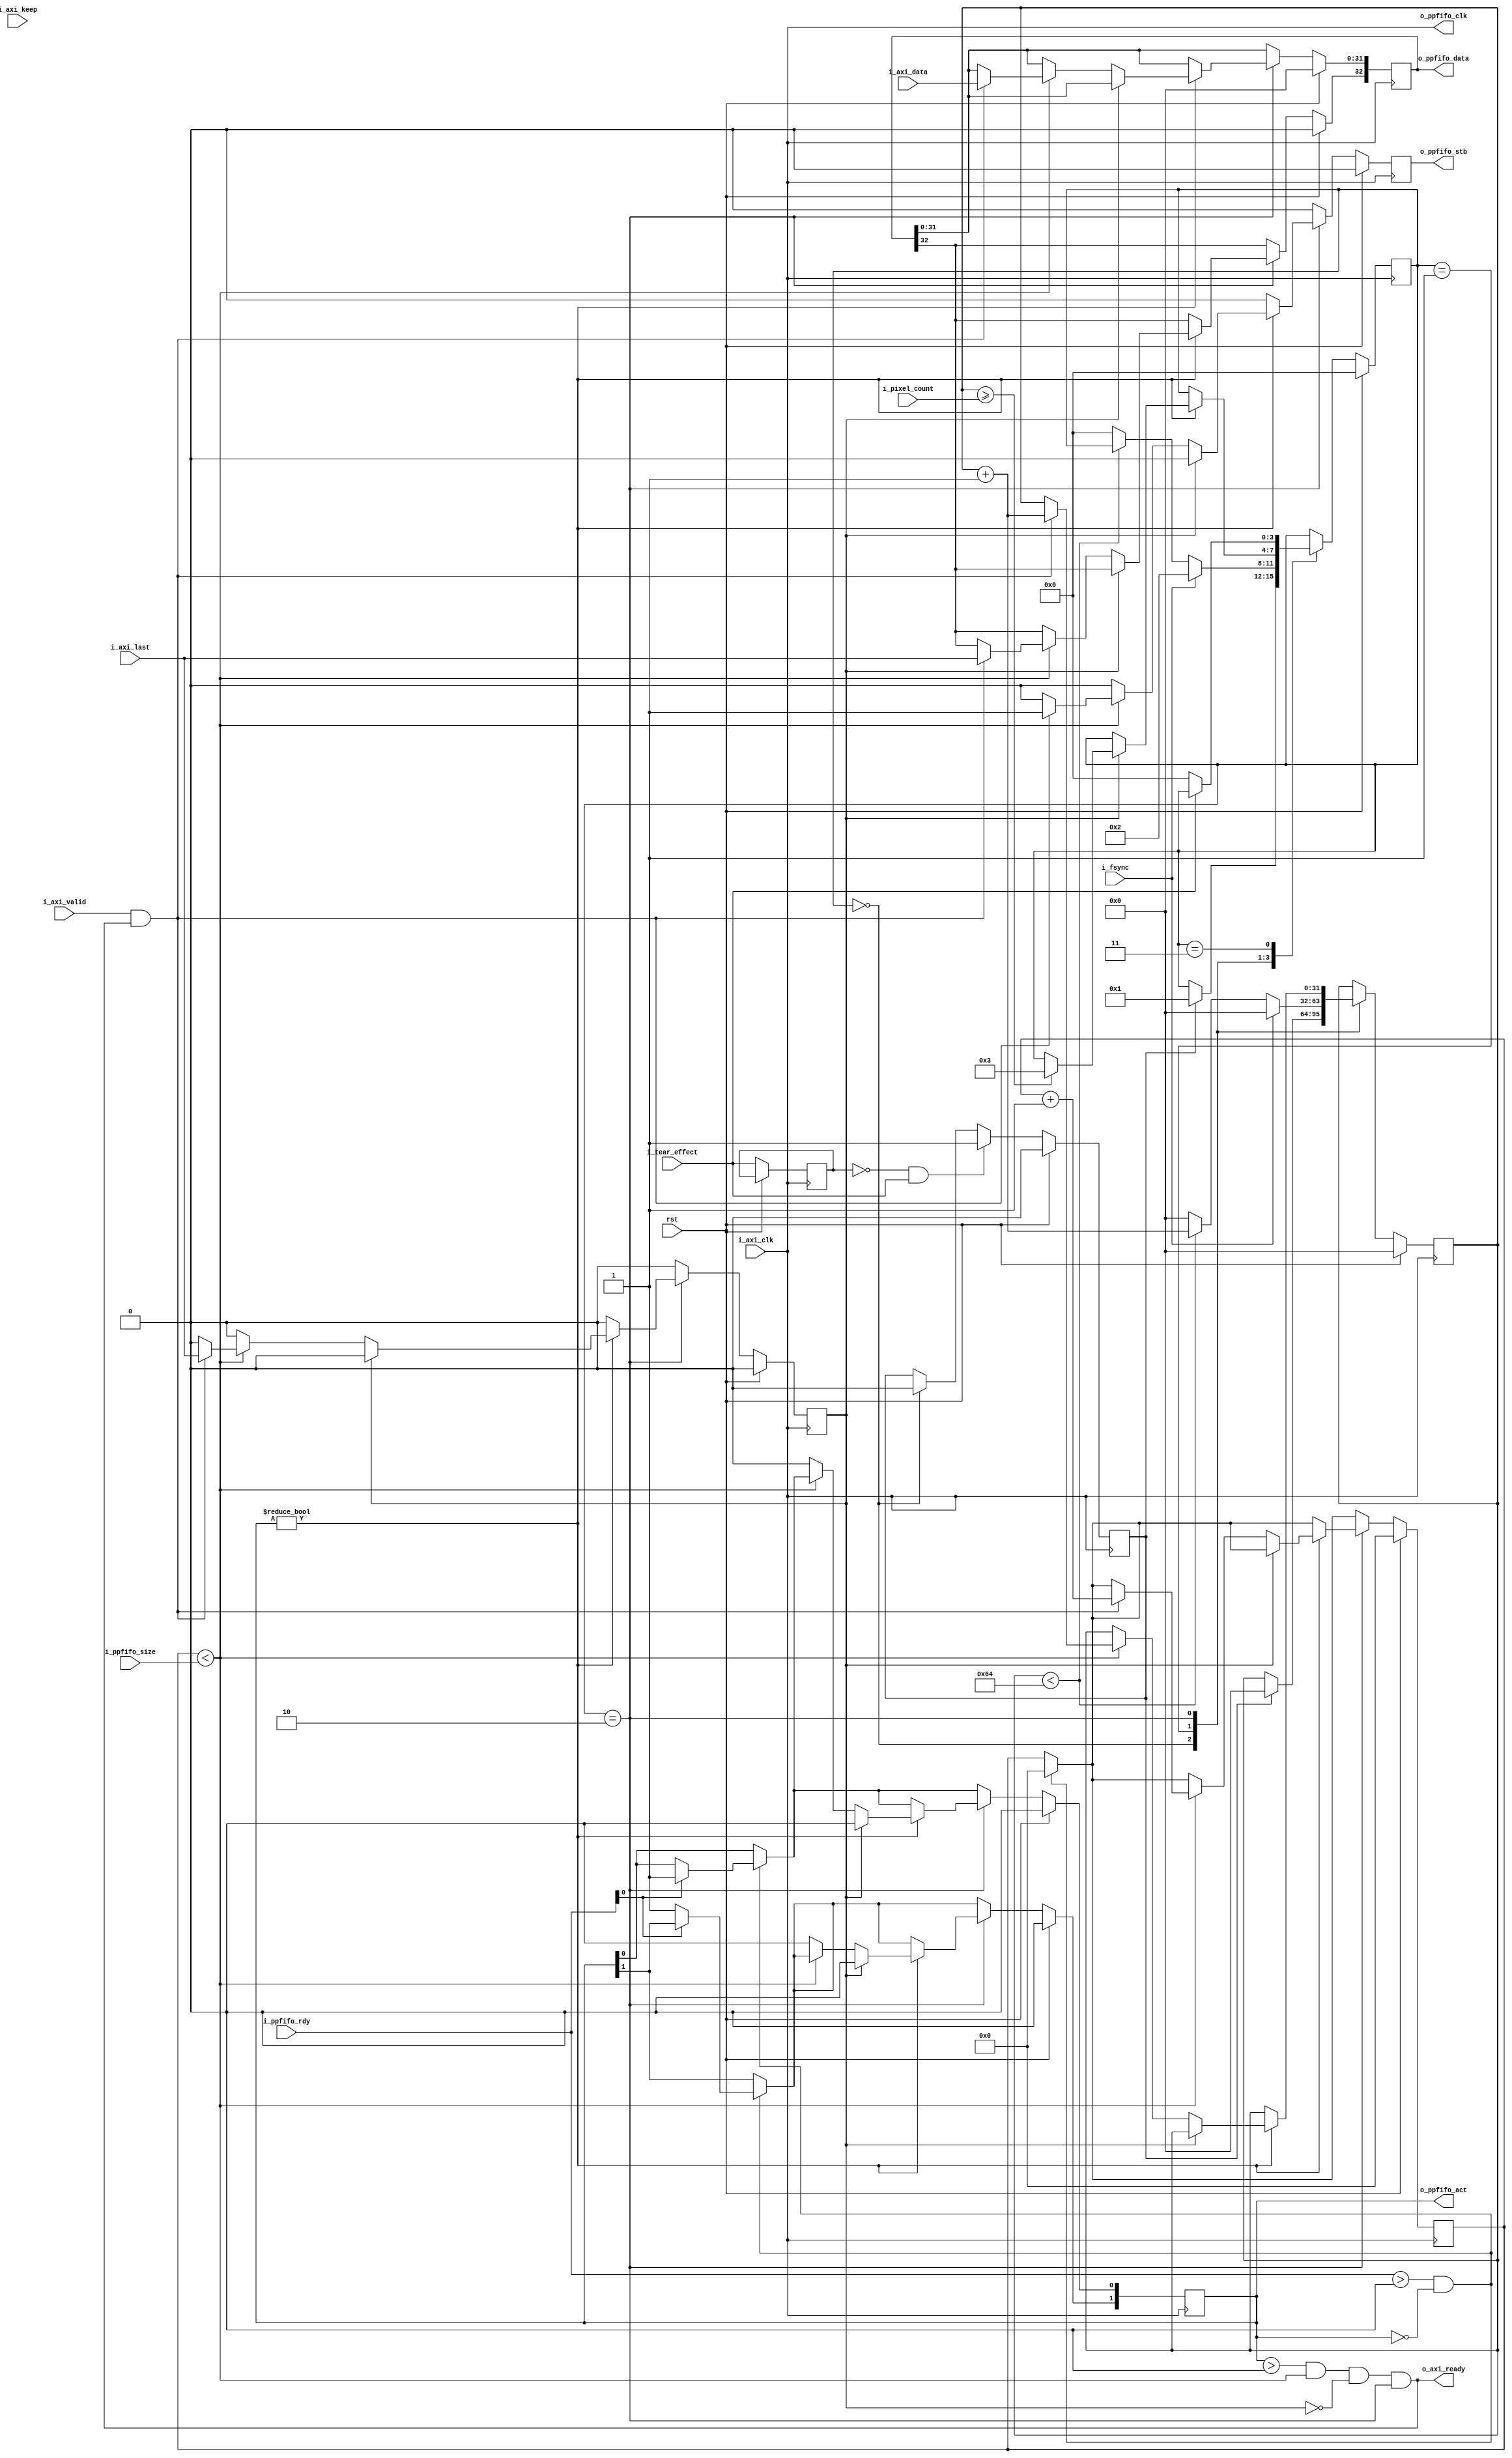
module adapter_axi_stream_2_ppfifo_wl #(
  parameter                         DATA_WIDTH    = 32,
  parameter                         STROBE_WIDTH  = DATA_WIDTH / 8,
  parameter                         USE_KEEP      = 0
)(
  input                             rst,

  input                             i_tear_effect,
  input                             i_fsync,
  input       [31:0]                i_pixel_count,

  //AXI Stream Input
  input                             i_axi_clk,
  output                            o_axi_ready,
  input       [DATA_WIDTH - 1:0]    i_axi_data,
  input       [STROBE_WIDTH - 1:0]  i_axi_keep,
  input                             i_axi_last,
  input                             i_axi_valid,

  //Ping Pong FIFO Write Controller
  output                            o_ppfifo_clk,
  input       [1:0]                 i_ppfifo_rdy,
  output  reg [1:0]                 o_ppfifo_act,
  input       [23:0]                i_ppfifo_size,
  output  reg                       o_ppfifo_stb,
  output  reg [DATA_WIDTH:0]        o_ppfifo_data
);
//local parameters
localparam      WAIT_FOR_TEAR_EFFECT  = 0;
localparam      WAIT_FOR_FRAME        = 1;
localparam      READ_FRAME            = 2;
localparam      WAIT_FOR_END_TEAR     = 3;

localparam      TEAR_WINDOW_COUNT     = 100;

//registes/wires
wire                        clk;  //Convenience Signal
reg           [3:0]         state;
reg           [23:0]        r_count;
reg                         r_last;
reg           [31:0]        r_pixel_count;
reg                         r_prev_tear;
reg                         r_pos_edge_tear;
//submodules
//asynchronous logic

//This is a little strange to just connect the output clock with the input clock but if this is done
//Users do not need to figure out how to hook up the clocks
assign  o_ppfifo_clk    = i_axi_clk;
assign  clk             = i_axi_clk;
assign  o_axi_ready     = (o_ppfifo_act > 0) &&
                          (r_count < i_ppfifo_size) &&
                          !r_last &&
                          (state == READ_FRAME);
//synchronous logic

always @ (posedge clk) begin
  o_ppfifo_stb                                <=  0;
  r_last                                      <=  0;

  if (rst) begin
    r_count                                   <=  0;
    o_ppfifo_act                              <=  0;
    o_ppfifo_data                             <=  0;
    r_pos_edge_tear                           <=  0;
    r_pixel_count                             <=  0;
    state                                     <=  WAIT_FOR_TEAR_EFFECT;
  end
  else begin
    if ((i_ppfifo_rdy > 0) && (o_ppfifo_act == 0)) begin
      r_count                                 <=  0;
      if (i_ppfifo_rdy[0]) begin
        o_ppfifo_act[0]                       <=  1;
      end
      else begin
        o_ppfifo_act[1]                       <=  1;
      end
    end

    case (state)
      WAIT_FOR_TEAR_EFFECT: begin
        if (r_pos_edge_tear) begin
          r_pos_edge_tear                     <=  0;
          r_pixel_count                       <=  0;
          state                               <=  WAIT_FOR_FRAME;
        end
      end
      WAIT_FOR_FRAME: begin
        r_pixel_count                         <=  0;
        if (i_fsync) begin
          state                               <= READ_FRAME;
          r_pixel_count                       <= 0;
        end
        else if (r_pixel_count < TEAR_WINDOW_COUNT) begin
          r_pixel_count                       <= r_pixel_count + 1;
        end
        else begin
          state                               <= WAIT_FOR_TEAR_EFFECT;  
        end
      end
      READ_FRAME: begin
        if (o_ppfifo_act) begin
          if (r_last) begin
            o_ppfifo_act                      <=  0;
            if (r_pixel_count >= i_pixel_count) begin
              state                           <=  WAIT_FOR_END_TEAR;
            end
          end
          else if (r_count < i_ppfifo_size) begin
            if (i_axi_valid && o_axi_ready) begin
              o_ppfifo_stb                      <=  1;
              r_pixel_count                     <=  r_pixel_count + 1;
              o_ppfifo_data[DATA_WIDTH - 1: 0]  <=  i_axi_data;
              o_ppfifo_data[DATA_WIDTH]         <=  i_axi_last;
              r_last                            <=  i_axi_last;
              r_count                           <=  r_count + 1;
            end
          end
          else begin
            o_ppfifo_act                        <=  0;
          end
        end
      end
      WAIT_FOR_END_TEAR: begin
        if (!i_tear_effect) begin
          state                                 <=  WAIT_FOR_TEAR_EFFECT;
        end
      end
    endcase

    //Detect the positive edge of a tear effect
    if (!r_prev_tear && i_tear_effect) begin
      r_pos_edge_tear                           <=  1;
    end
    r_prev_tear                                 <=  i_tear_effect;
  end
end

endmodule